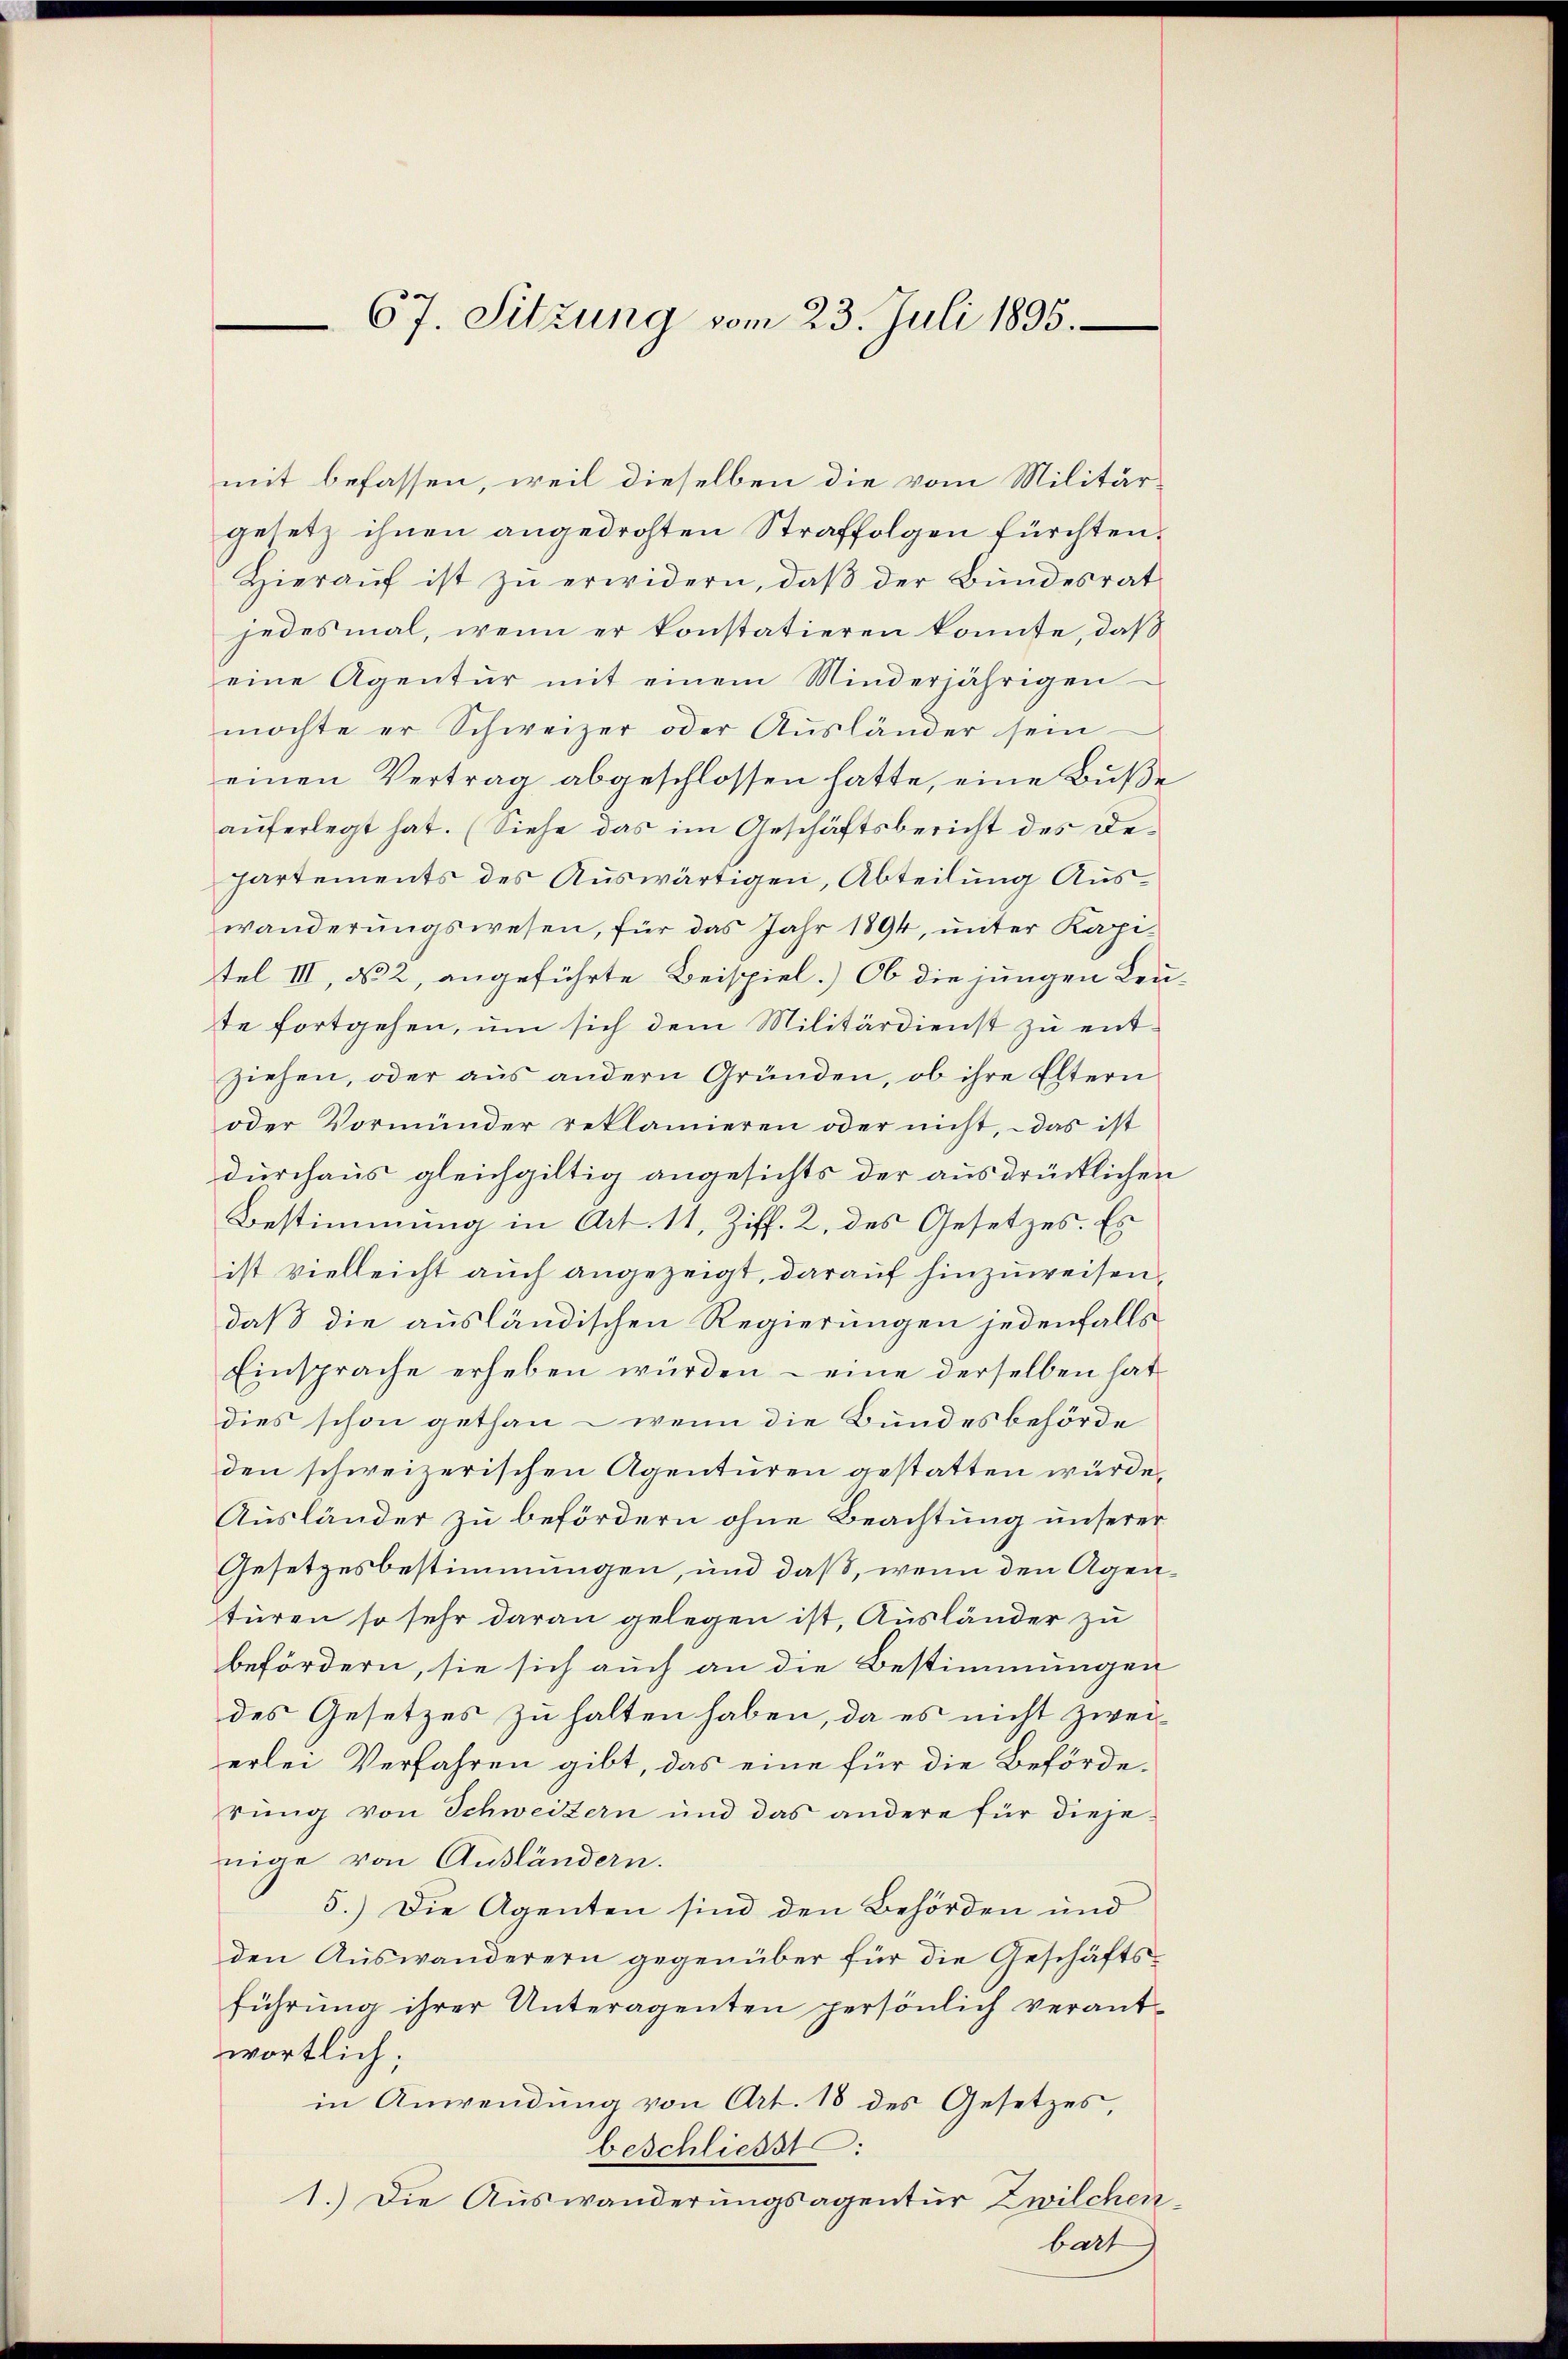
67. Sitzung vom 23. Juli 1895.

mit befassen, weil dieselben die vom Militärgesetz ihnen angedrohten Straffolgen fürchten.
Hierauf ist zu erwidern, daß der Bundesrat
jedesmal, wenn er konstatieren konnte, daß
eine Agentur mit einem Minderjährigen
möchte er Schweizer oder Aŭsländer sein
einen Vertrag abgeschlossen hatte, eine Buße
aŭferlegt hat. (Siehe das im Geschäftsbericht des De-
partements des Auswärtigen, Abteilung Auswanderŭngswesen, für das Jahr 1894, ŭnter Kapi-
tel III, No 2, angeführte Beispiel.) Ob die jungen Leute fortgehen, um sich dem Militärdienst zu entziehen, oder aus andern Gründen, ob ihre Eltern
oder Vormünder reklamieren oder nicht, – das ist
durchaus gleichgiltig angesichts der ausdrücklichen
Bestimmung in Art. 11, Ziff. 2, des Gesetzes. Es
ist vielleicht auch angezeigt, darauf hinzuweisen,
daß die ausländischen Regierungen jedenfalls
Einsprache erheben würden – eine derselben hat
dies schon gethan - wenn die Bundesbehörde
den schweizerischen Agenturen gestatten würde.
Ausländer zu befördern ohne Beachtung unserer
Gesetzesbestimmungen, und daß, wenn den Agentüren so sehr daran gelegen ist, Ausländer zu
befördern, sie sich auch an die Bestimmungen
des Gesetzes zu halten haben, da es nicht zweierlei Verfahren gibt, das eine für die Beförderung von Schweizern und das andere für dieje
nige von Ausländern.
5.) Die Agenten sind den Behörden und
den Auswanderern gegenüber für die Geschäftsführung ihrer Unteragenten persönlich verantwortlich;
in Anwendung von Art. 18 des Gesetzes,
beschliesst:
1.) Die Auswanderungsagentur Zwilchen¬

bart